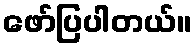
ဖော်ပြပါတယ်။